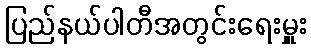
ပြည်နယ်ပါတီအတွင်းရေးမှူး